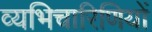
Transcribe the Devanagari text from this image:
व्यभिचारिणियों